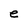
Character: e